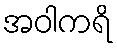
အဝါကရိ